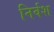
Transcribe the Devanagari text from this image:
निर्वश